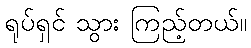
ရုပ်ရှင် သွား ကြည့်တယ်။